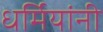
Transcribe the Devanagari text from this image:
धर्मियांनी